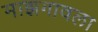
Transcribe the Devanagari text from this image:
माझगावला